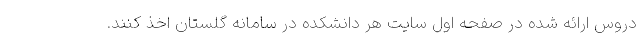
دروس ارائه شده در صفحه اول سایت هر دانشکده در سامانه گلستان اخذ کنند.